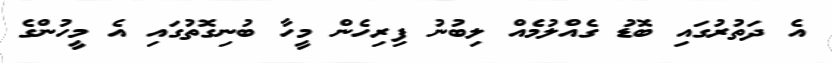
އެ ދަތުރުގައި ބޮޑު ގެއްލުމެއް ލިބުނު ފިރިހެން މީހާ ބުނިގޮތުގައި އެ މީހުންގެ